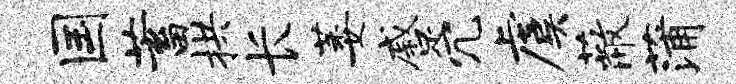
国蓄拱长萎蹙冗虞蔽蒲